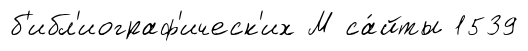
б'ибл'иограф'ическ'их М са́йты 1539